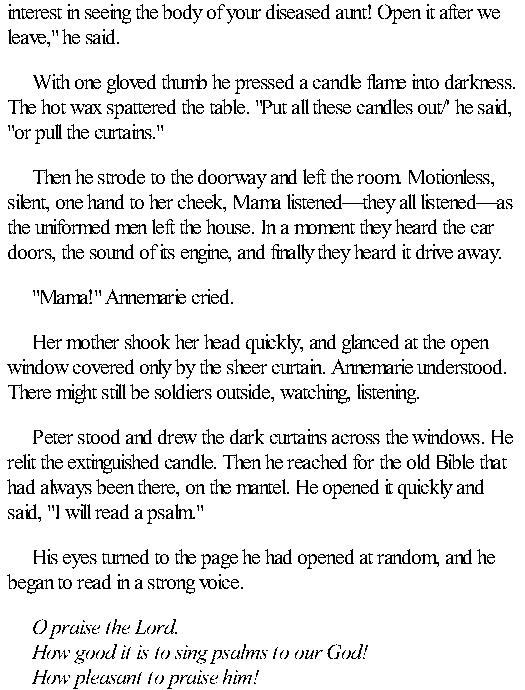
interest in seeing the body of your diseased aunt! Open it after we
 leave," he said.
 With one gloved thumb he pressed a candle flame into darkness.
 The hot wax spattered the table. "Put all these candles out/' he said,
 "or pull the curtains."
 Then he strode to the doorway and left the room. Motionless,
 silent, one hand to her cheek, Mama listened—they all listened—as
 the uniformed men left the house. In a moment they heard the car
 doors, the sound of its engine, and finally they heard it drive away.
 "Mama!" Annemarie cried.
 Her mother shook her head quickly, and glanced at the open
 window covered only by the sheer curtain. Annemarie understood.
 There might still be soldiers outside, watching, listening.
 Peter stood and drew the dark curtains across the windows. He
 relit the extinguished candle. Then he reached for the old Bible that
 had always been there, on the mantel. He opened it quickly and
 said, "I will read a psalm."
 His eyes turned to the page he had opened at random, and he
 began to read in a strong voice.
 O praise the Lord.
 How good it is to sing psalms to our God!
 How pleasant to praise him!